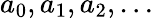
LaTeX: a_{0},a_{1},a_{2},\dots